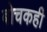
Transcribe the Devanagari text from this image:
बोचकही